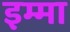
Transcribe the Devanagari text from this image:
इम्मा